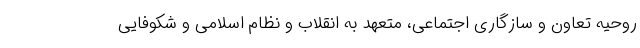
روحیه تعاون و سازگاری اجتماعی، متعهد به انقلاب و نظام اسلامی و شکوفایی